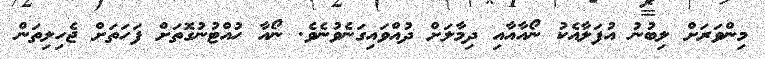
މިންވަރަށް ލިބުނު އުފަލާއެކު ނޯއާއާއި ދިމާލަށް ދުއްވައިގަނެވުނެވެ. ނޯއާ ހުއްޓުނުގޮތަށް ފަހަތަށް ޖެހިލިތަން